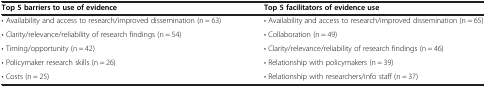
| Top 5 barriers to use of evidence | Top 5 facilitators of evidence use |
 | --- | --- |
 | • Availability and access to research/improved dissemination (n = 63) | • Availability and access to research/improved dissemination (n = 65) |
 | • Clarity/relevance/reliability of research findings (n = 54) | • Collaboration (n = 49) |
 | • Timing/opportunity (n = 42) | • Clarity/relevance/reliability of research findings (n = 46) |
 | • Policymaker research skills (n = 26) | • Relationship with policymakers (n = 39) |
 | • Costs (n = 25) | • Relationship with researchers/info staff (n = 37) |